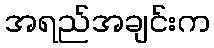
အရည်အချင်းက